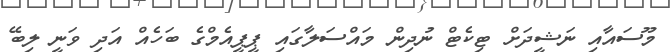
މޫސައާއި ނަޝީދަށް ޓިކެޓް ނުދިން މައްސަލާގައި ޕީޕީއެމްގެ ބަހެއް އަދި ވަނީ ލިބޭ